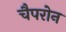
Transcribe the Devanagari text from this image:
चैपरोन